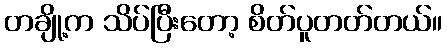
တချို့က သိပ်ပြီးတော့ စိတ်ပူတတ်တယ်။